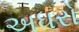
અધરો